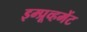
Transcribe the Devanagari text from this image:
इम्प्रूव्हमेंट